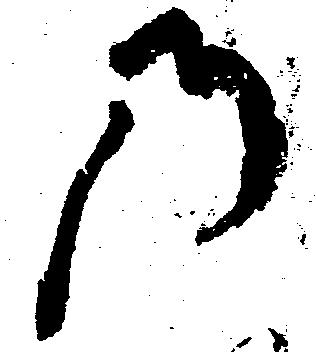
の